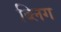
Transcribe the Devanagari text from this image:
ब्लिग